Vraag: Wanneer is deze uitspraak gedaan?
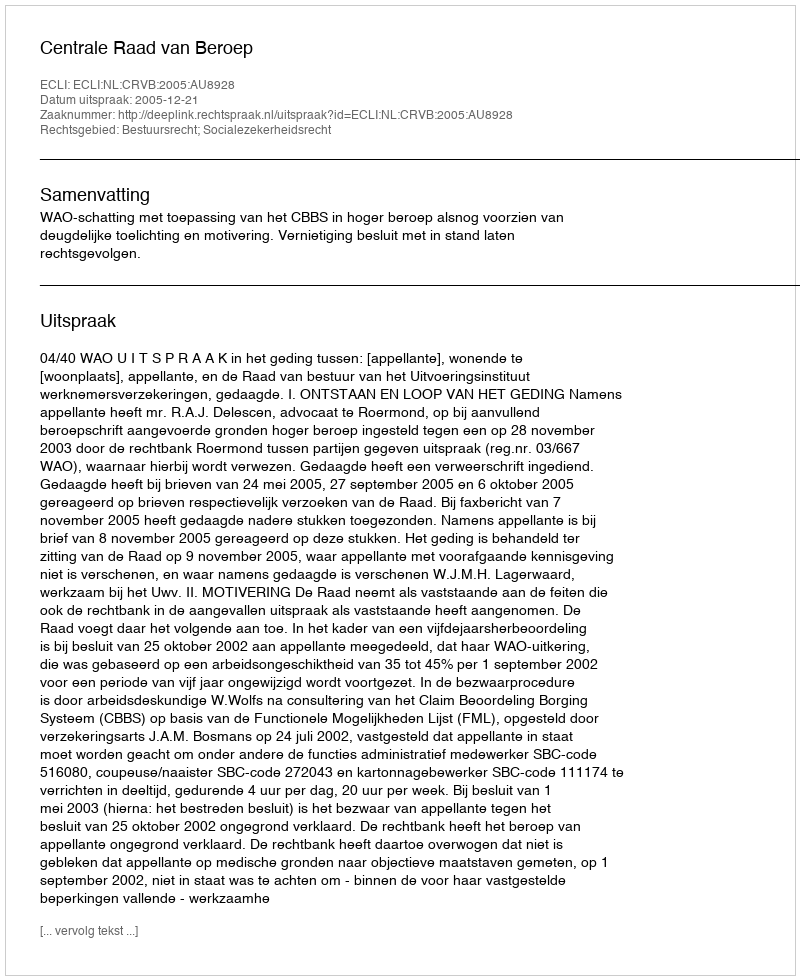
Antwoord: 2005-12-21